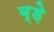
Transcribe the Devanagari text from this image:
ब्ड़े